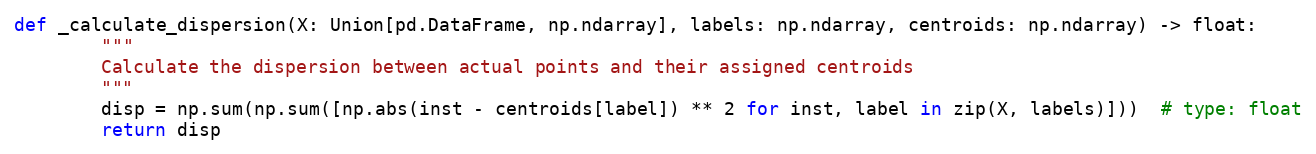
Language: Python
def _calculate_dispersion(X: Union[pd.DataFrame, np.ndarray], labels: np.ndarray, centroids: np.ndarray) -> float:
        """
        Calculate the dispersion between actual points and their assigned centroids
        """
        disp = np.sum(np.sum([np.abs(inst - centroids[label]) ** 2 for inst, label in zip(X, labels)]))  # type: float
        return disp